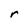
Character: r